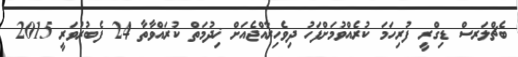
ބެޗްލަރސް ޑިގްރީ ފުރިހަމަ ކުރެއްވުމަށްފަހު ދިވެހިރާއްޖެއަށް ޚިދުމަތް ކުރައްވާތާ 24 ފެބުރުވަރީ 2015